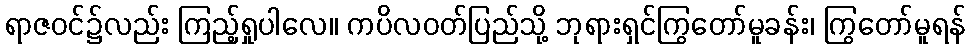
ရာဇဝင်၌လည်း ကြည့်ရှုပါလေ။ ကပိလဝတ်ပြည်သို့ ဘုရားရှင်ကြွတော်မူခန်း၊ ကြွတော်မူရန်